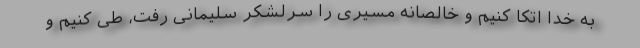
به خدا اتکا کنیم و خالصانه مسیری را سرلشکر سلیمانی رفت، طی کنیم و